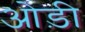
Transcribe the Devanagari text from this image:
ओड़ी